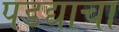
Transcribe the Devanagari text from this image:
पडद्याचा